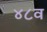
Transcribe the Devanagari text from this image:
४८व